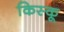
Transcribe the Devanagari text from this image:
किस्‍कू